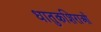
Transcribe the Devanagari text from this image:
धातुकशिराओं